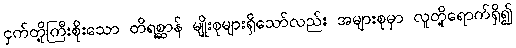
ငှက်တို့ကြီးစိုးသော တိရစ္ဆာန် မျိုးစုများရှိသော်လည်း အများစုမှာ လူတို့ရောက်ရှိ၍